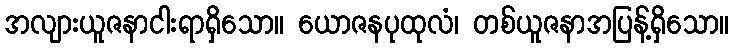
အလျားယူဇနာငါးရာရှိသော။ ယောဇနပုထုလံ၊ တစ်ယူဇနာအပြန့်ရှိသော။